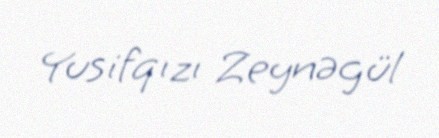
Yusifqızı Zeynəgül